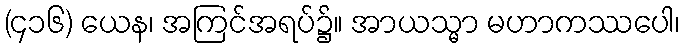
(၄၁၆) ယေန၊ အကြင်အရပ်၌။ အာယသ္မာ မဟာကဿပေါ၊